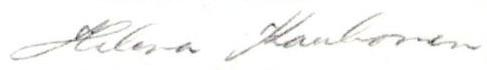
Helena Kaukonen